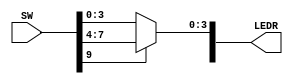
module part2(SW, LEDR);
	input [9:0] SW;
	output [9:0] LEDR;
	
	wire [3:0] x;
	wire [3:0] y;
	wire [3:0] M;
	wire s;
	
	assign s = SW[9];
	assign x = SW[3:0];
	assign y = SW[7:4];
	assign M = s ? y : x;
	//assign LEDR[3] = M[3];
	//assign LEDR[2] = M[2];
	//assign LEDR[1] = M[1];
	//assign LEDR[0] = M[0];
	assign LEDR[3:0] = M;
	assign LEDR[9] = s;
endmodule